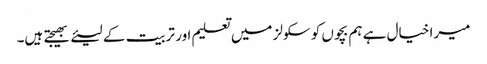
میرا خیال ہے ہم بچوں کو سکولز میں تعلیم اور تربیت کے لیئے بھیجتے ہیں۔